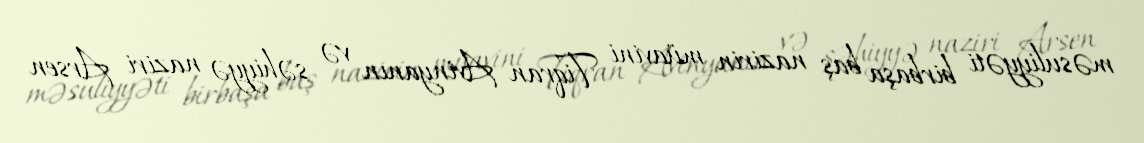
məsuliyyəti birbaşa baş nazirin müavini Tiqran Avinyanın və səhiyyə naziri Arsen